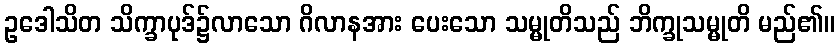
ဥဒေါသိတ သိက္ခာပုဒ်၌လာသော ဂိလာနအား ပေးသော သမ္မုတိသည် ဘိက္ခုသမ္မုတိ မည်၏။